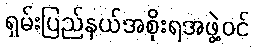
ရှမ်းပြည်နယ်အစိုးရအဖွဲ့ဝင်